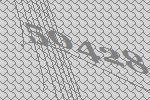
50428